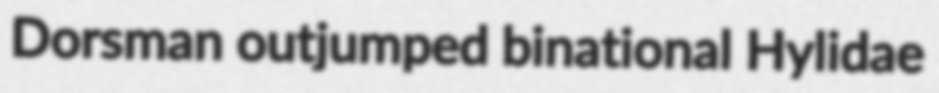
Dorsman outjumped binational Hylidae